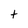
Character: t